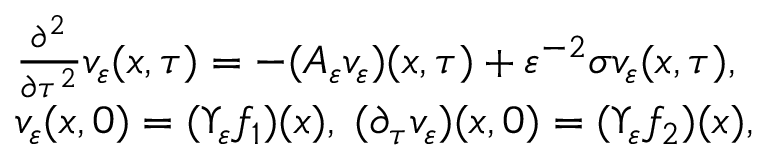
\begin{array} { r l } & { \frac { \partial ^ { 2 } } { \partial \tau ^ { 2 } } v _ { \varepsilon } ( x , \tau ) = - ( A _ { \varepsilon } v _ { \varepsilon } ) ( x , \tau ) + \varepsilon ^ { - 2 } \sigma v _ { \varepsilon } ( x , \tau ) , } \\ & { v _ { \varepsilon } ( x , 0 ) = ( \Upsilon _ { \varepsilon } f _ { 1 } ) ( x ) , \; ( \partial _ { \tau } v _ { \varepsilon } ) ( x , 0 ) = ( \Upsilon _ { \varepsilon } f _ { 2 } ) ( x ) , } \end{array}